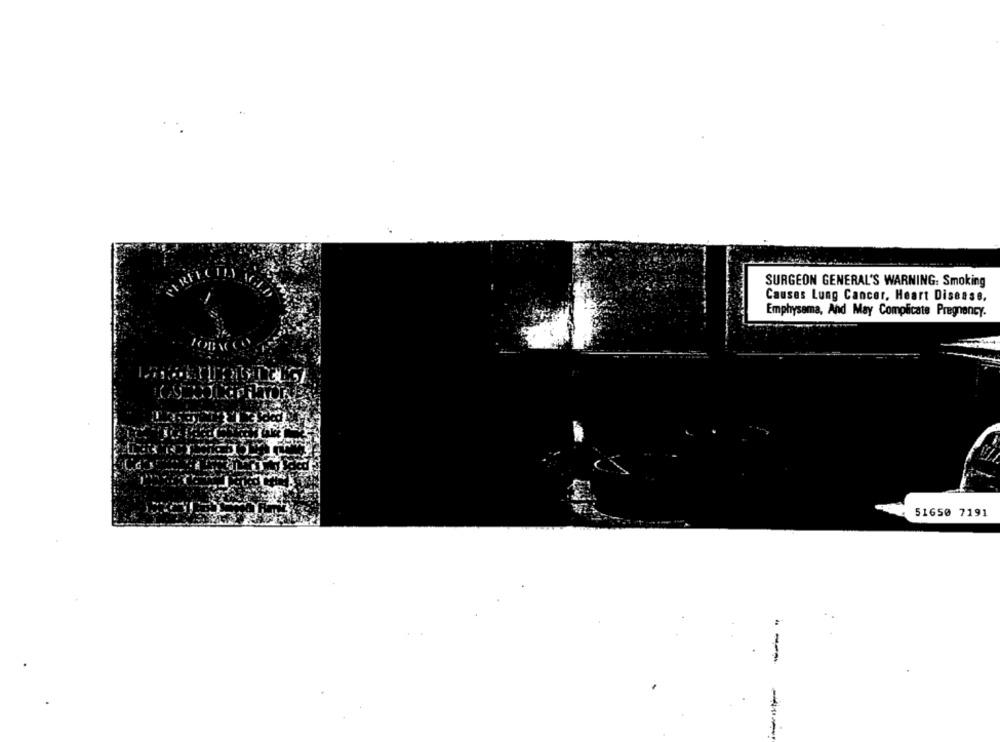
SURGEON GENERAL'S WARNING: Smoking
Causes Lung Cancer, Heart Disease.
Emphysema, And May Complicate Pregnancy.
51650 7191
-